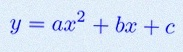
y=ax^2+bx+c